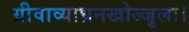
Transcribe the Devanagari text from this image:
ग्रीवाव्याघ्रनखोज्जुलः।